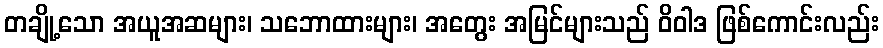
တချို့သော အယူအဆများ၊ သဘောထားများ၊ အတွေး အမြင်များသည် ဝိဝါဒ ဖြစ်ကောင်းလည်း